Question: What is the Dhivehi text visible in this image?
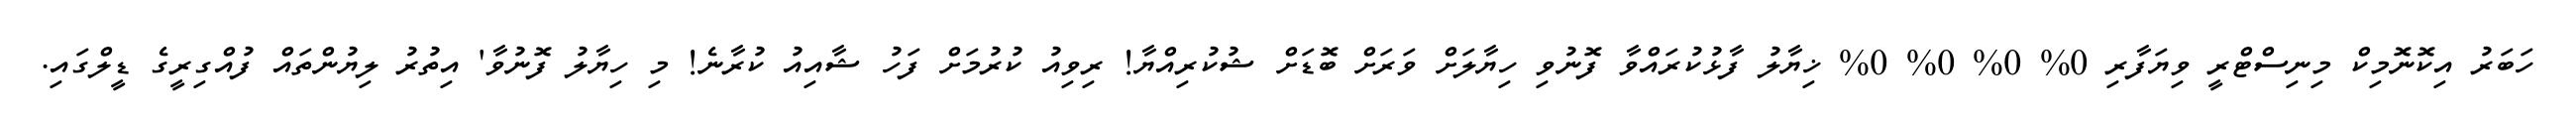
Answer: ހަބަރު އިކޮނޮމިކް މިނިސްޓްރީ ވިޔަފާރި 0% 0% 0% 0% ޚިޔާލު ފާޅުކުރައްވާ ފޮނުވި ހިޔާލަށް ވަރަށް ބޮޑަށް ޝުކުރިއްޔާ! ރިވިއު ކުރުމަށް ފަހު ޝާއިއު ކުރާނެ! މި ހިޔާލު ފޮނުވާ' އިތުރު ލިޔުންތައް ފުއްގިރީގެ ޑީލްގައި.